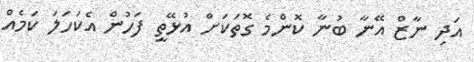
އަދި ނާޒް އޭނާ ބުނާ ކޮންމެ ގޮތަކަށް އުޅޭތީ ފަހުން އެކަހަލަ ކަމެއް